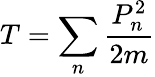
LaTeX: T=\sum_{n}{\frac{P_{n}^{2}}{2m}}